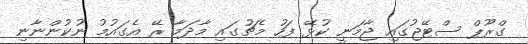
ގްރޫޕް ސްޓޭޖުގައި ޖާމަނީ ކުޅޭ ފަހު މެޗުގައި މާދަމާ ރޭ އެގައުމު ނުކުންނާނި